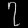
Digit: ၇